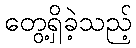
တွေ့ရှိခဲ့သည့်